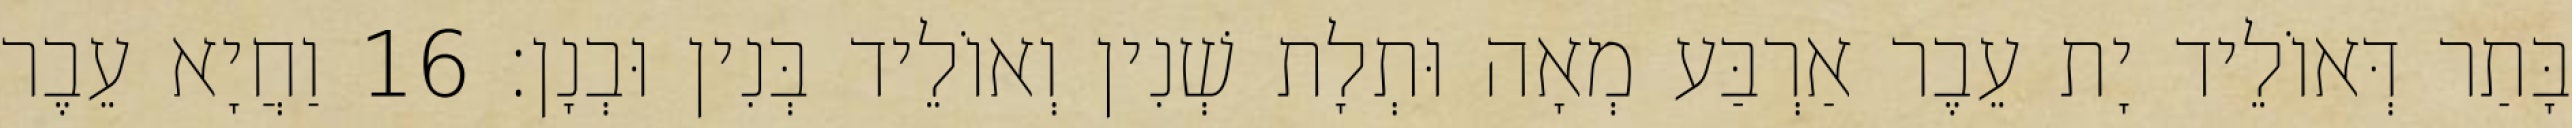
בָּתַר דְּאוֹלֵיד יָת עֵבֶר אַרְבַּע מְאָה וּתְלָת שְׁנִין וְאוֹלֵיד בְּנִין וּבְנָן׃ 16 וַחֲיָא עֵבֶר